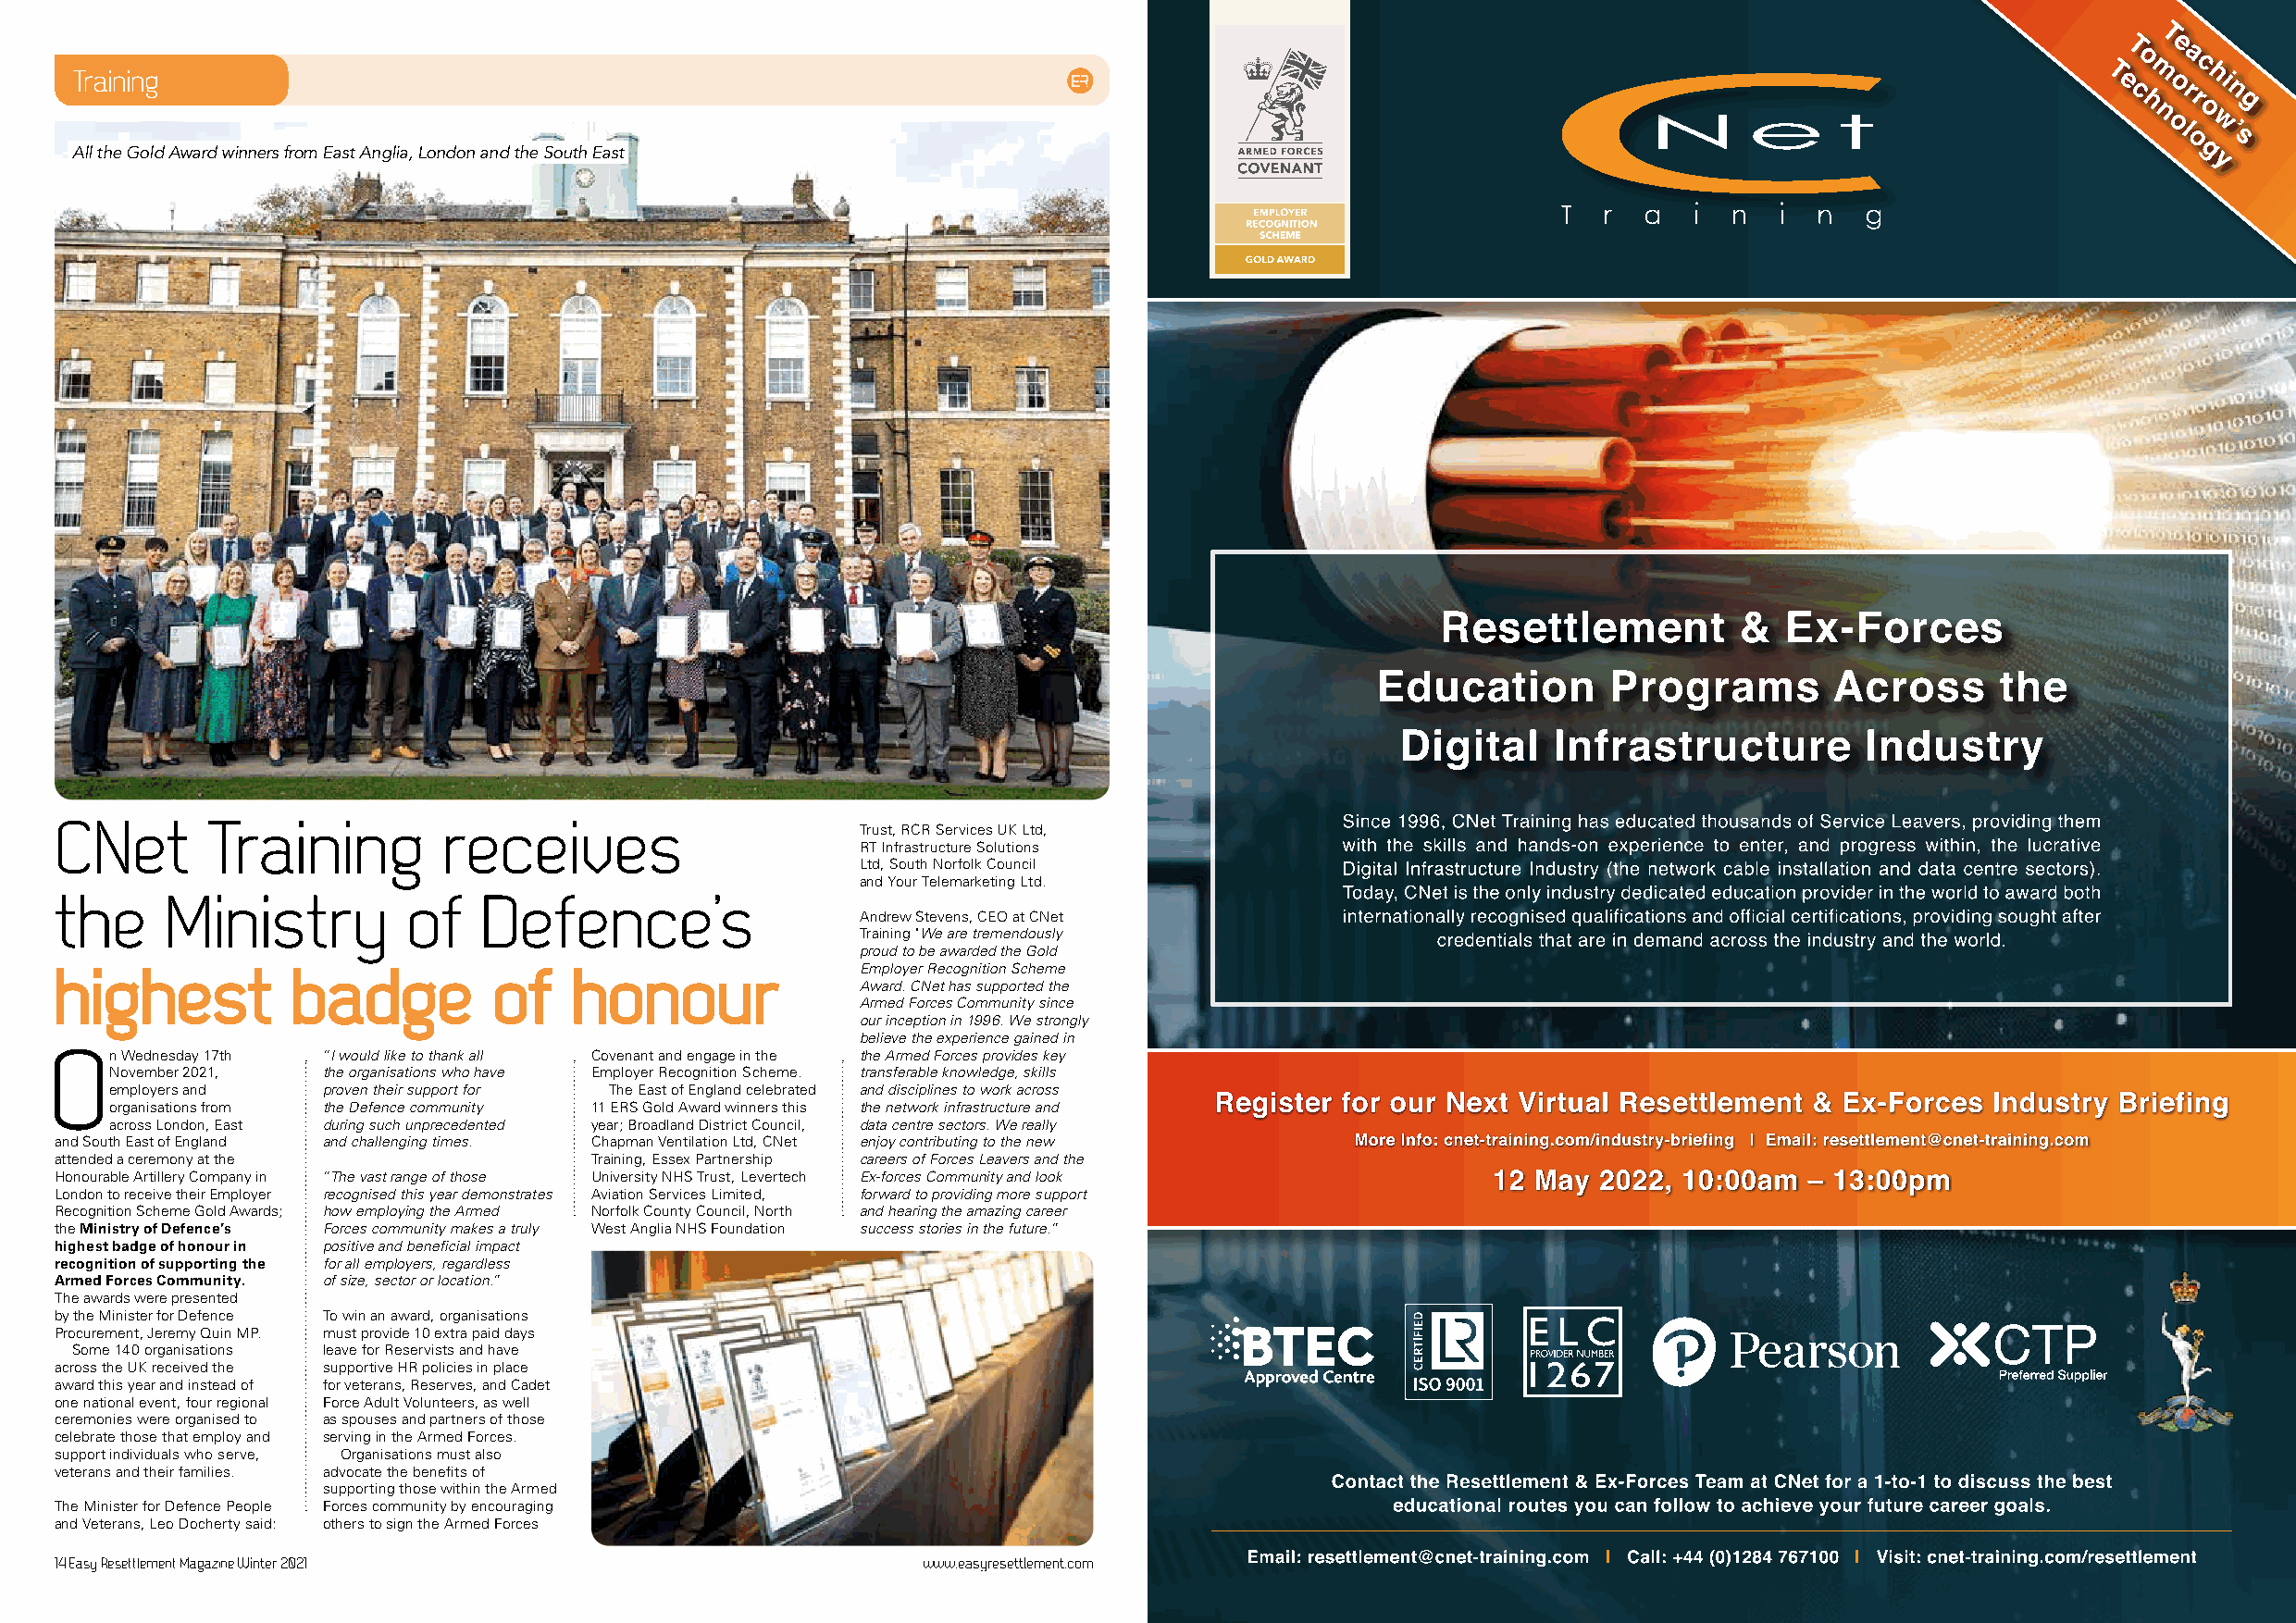
Training
 All the Gold Award winners from East Anglia, London and the South East
 CNet       Training         receives
 Trust, RCR Services UK Ltd,
 RT Infrastructure Solutions
 Ltd, South Norfolk Council
 and Your Telemarketing Ltd.
 the     Ministry         of   Defence’s
 Andrew Stevens, CEO at CNet
 Training "We are tremendously
 proud to be awarded the Gold
 hhiigghheesstt   bbaaddggee    ooff  hhoonnoouurr        Employer Recognition Scheme
 Award. CNet has supported the
 Armed Forces Community since
 our inception in 1996. We strongly
 believe the experience gained in
 O
 n Wednesday 17th “I would like to thank all Covenant and engage in the the Armed Forces provides key
 November 2021, the organisations who have Employer Recognition Scheme. transferable knowledge, skills
 employers and  proven their support for The East of England celebrated and disciplines to work across
 organisations from the Defence community 11 ERS Gold Award winners this the network infrastructure and
 across London, East during such unprecedented year; Broadland District Council, data centre sectors. We really
 and South East of England and challenging times. Chapman Ventilation Ltd, CNet enjoy contributing to the new
 attended a ceremony at the            Training, Essex Partnership careers of Forces Leavers and the
 Honourable Artillery Company in “The vast range of those University NHS Trust, Levertech Ex-forces Community and look
 London to receive their Employer recognised this year demonstrates Aviation Services Limited, forward to providing more support
 Recognition Scheme Gold Awards; how employing the Armed Norfolk County Council, North and hearing the amazing career
 the Ministry of Defence’s Forces community makes a truly West Anglia NHS Foundation success stories in the future.”
 highest badge of honour in positive and beneficial impact
 recognition of supporting the for all employers, regardless
 Armed Forces Community. of size, sector or location.”
 The awards were presented
 by the Minister for Defence To win an award, organisations
 Procurement, Jeremy Quin MP. must provide 10 extra paid days
 Some 140 organisations leave for Reservists and have
 across the UK received the supportive HR policies in place
 award this year and instead of for veterans, Reserves, and Cadet
 one national event, four regional Force Adult Volunteers, as well
 ceremonies were organised to as spouses and partners of those
 celebrate those that employ and serving in the Armed Forces.
 support individuals who serve, Organisations must also
 veterans and their families. advocate the benefits of
 supporting those within the Armed
 The Minister for Defence People Forces community by encouraging
 and Veterans, Leo Docherty said: others to sign the Armed Forces
 14 Easy Resettlement Magazine Winter 2021                     www.easyresettlement.com